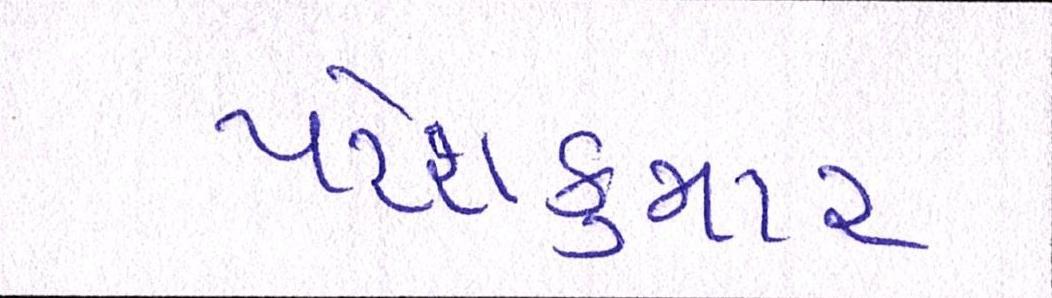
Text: પરેશકુમાર